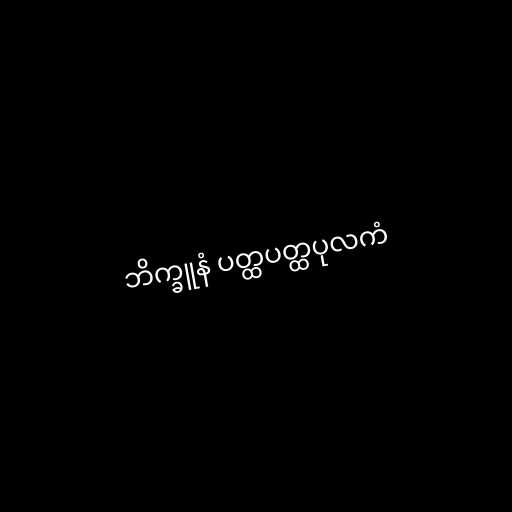
ဘိက္ခူနံ ပတ္ထပတ္ထပုလကံ